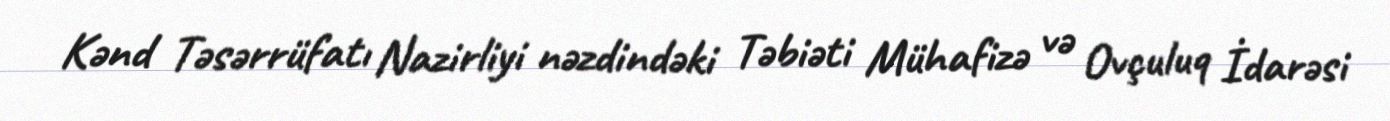
Kənd Təsərrüfatı Nazirliyi nəzdindəki Təbiəti Mühafizə və Ovçuluq İdarəsi